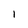
Character: 1